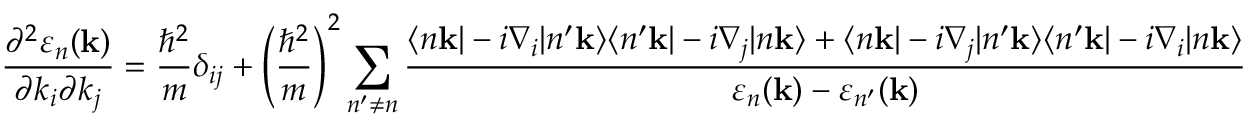
{ \frac { \partial ^ { 2 } \varepsilon _ { n } ( \mathbf { k } ) } { \partial k _ { i } \partial k _ { j } } } = { \frac { \hbar ^ { 2 } } { m } } \delta _ { i j } + \left( { \frac { \hbar ^ { 2 } } { m } } \right) ^ { 2 } \sum _ { n ^ { \prime } \neq n } { \frac { \langle n \mathbf { k } | - i \nabla _ { i } | n ^ { \prime } \mathbf { k } \rangle \langle n ^ { \prime } \mathbf { k } | - i \nabla _ { j } | n \mathbf { k } \rangle + \langle n \mathbf { k } | - i \nabla _ { j } | n ^ { \prime } \mathbf { k } \rangle \langle n ^ { \prime } \mathbf { k } | - i \nabla _ { i } | n \mathbf { k } \rangle } { \varepsilon _ { n } ( \mathbf { k } ) - \varepsilon _ { n ^ { \prime } } ( \mathbf { k } ) } }